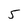
Character: 5